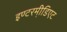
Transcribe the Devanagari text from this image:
इण्टरमी़डिएट